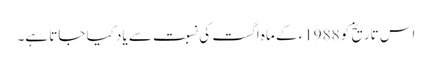
اس تاریخ کو 1988ء کے ماہ اگست کی نسبت سے یاد کیا جاتا ہے۔